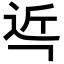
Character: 𮞌